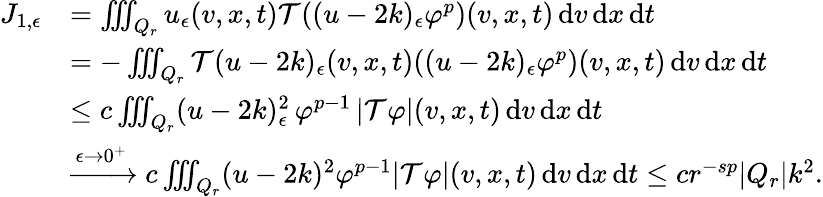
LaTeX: \begin{array}{rl}{J_{1,\epsilon}}&{=\iiint_{Q_{r}}u_{\epsilon}(v,x,t)\mathcal{T}((u-2k)_{\epsilon}\varphi^{p})(v,x,t)\, \mathrm{d}v\, \mathrm{d}x\, \mathrm{d}t}\\ &{=-\iiint_{Q_{r}}\mathcal{T}(u-2k)_{\epsilon}(v,x,t)((u-2k)_{\epsilon}\varphi^{p})(v,x,t)\, \mathrm{d}v\, \mathrm{d}x\, \mathrm{d}t}\\ &{\leq c\iiint_{Q_{r}}(u-2k)_{\epsilon}^{2}\, \varphi^{p-1}\, \lvert\mathcal{T}\varphi\rvert(v,x,t)\, \mathrm{d}v\, \mathrm{d}x\, \mathrm{d}t}\\ &{\xrightarrow{\epsilon\to 0^{+}}c\iiint_{Q_{r}}(u-2k)^{2}\varphi^{p-1}\lvert\mathcal{T}\varphi\rvert(v,x,t)\, \mathrm{d}v\, \mathrm{d}x\, \mathrm{d}t\leq cr^{-sp}\lvert Q_{r}\rvert k^{2}.}\end{array}